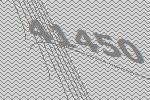
41450